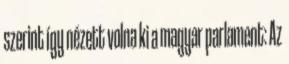
szerint így nézett volna ki a magyar parlament: Az